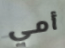
أمي